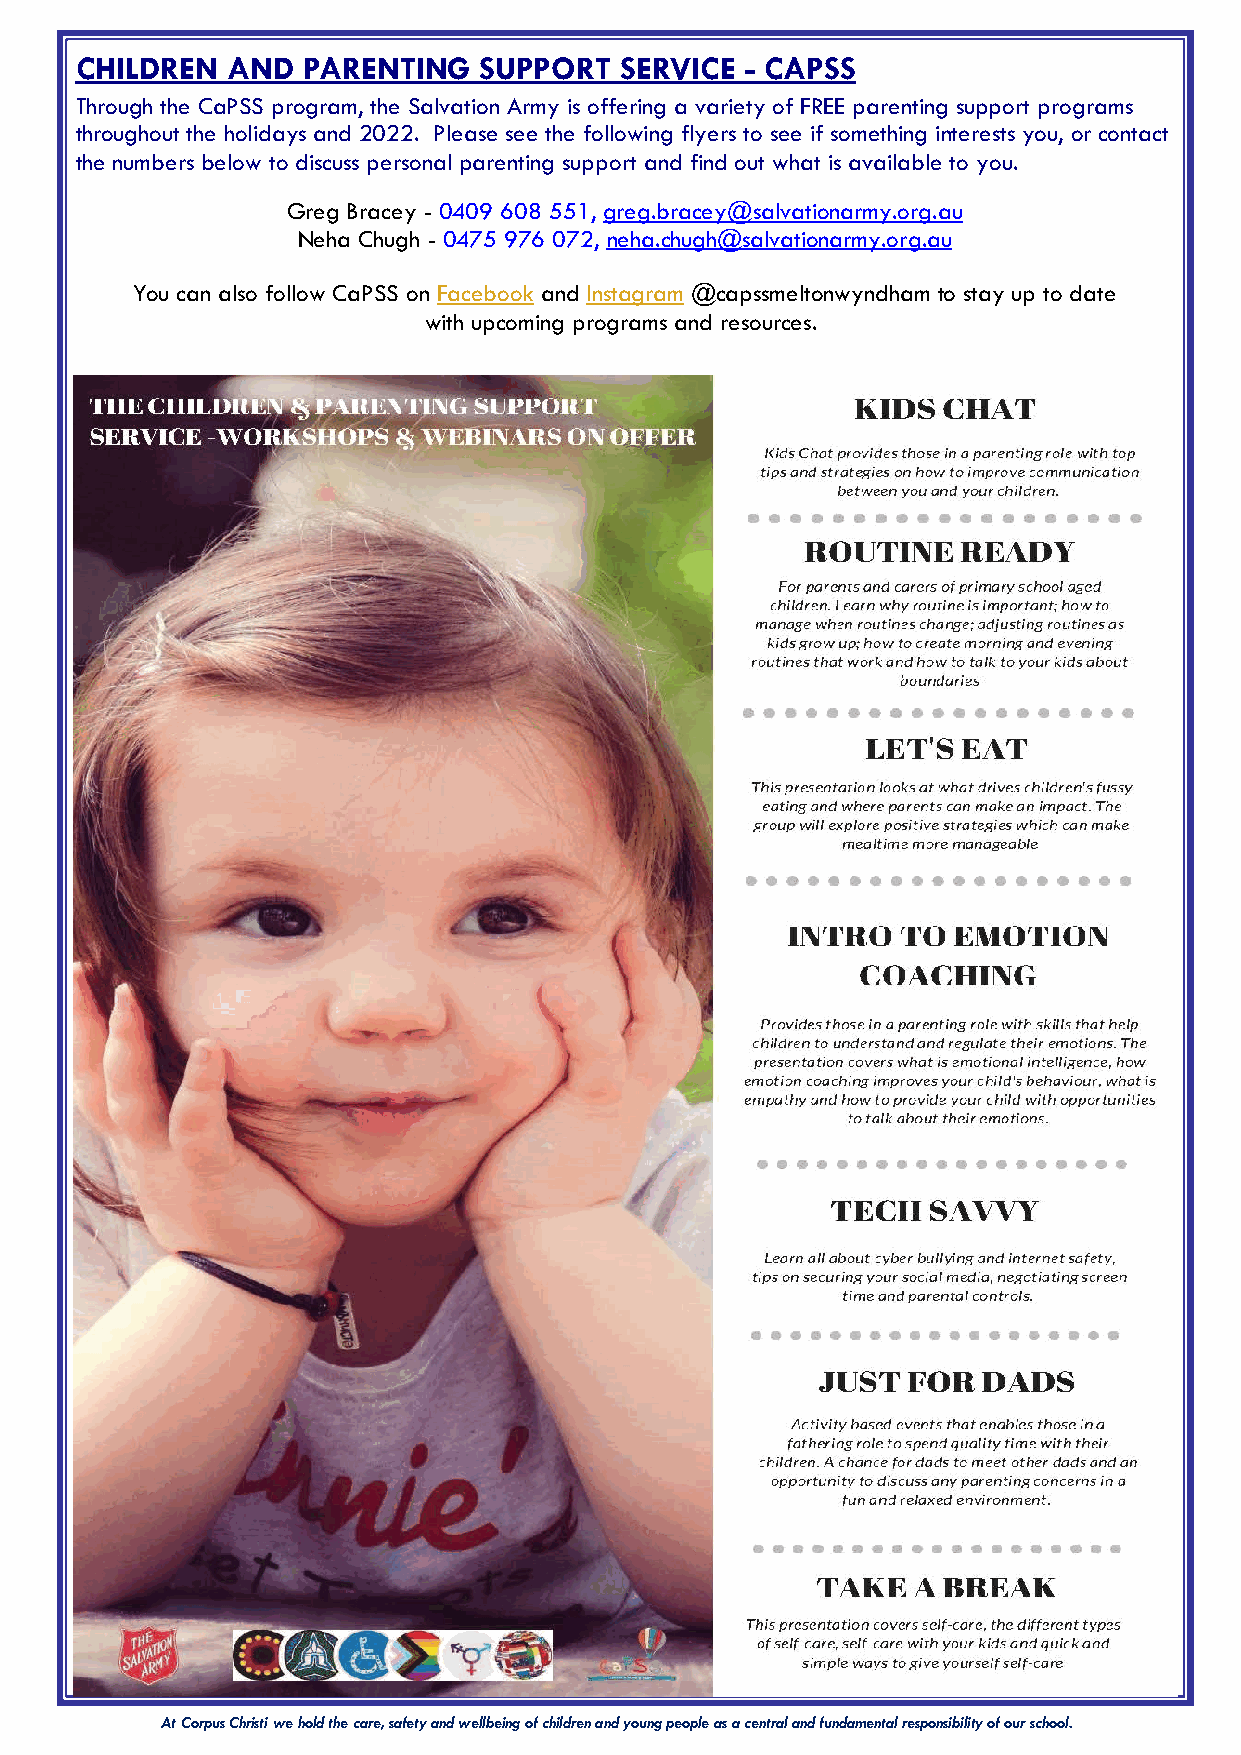
CHILDREN  AND  PARENTING   SUPPORT  SERVICE - CAPSS
 Through the CaPSS program, the Salvation Army is offering a variety of FREE parenting support programs
 throughout the holidays and 2022. Please see the following flyers to see if something interests you, or contact
 the numbers below to discuss personal parenting support and find out what is available to you.
 Greg Bracey - 0409 608 551, greg.bracey@salvationarmy.org.au
 Neha Chugh - 0475 976 072, neha.chugh@salvationarmy.org.au
 You can also follow CaPSS on Facebook and Instagram @capssmeltonwyndham to stay up to date
 with upcoming programs and resources.
 At Corpus Christi we hold the care, safety and wellbeing of children and young people as a central and fundamental responsibility of our school.